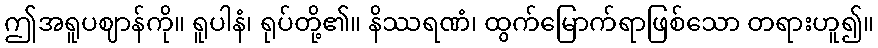
ဤအရူပဈာန်ကို။ ရူပါနံ၊ ရုပ်တို့၏။ နိဿရဏံ၊ ထွက်မြောက်ရာဖြစ်သော တရားဟူ၍။